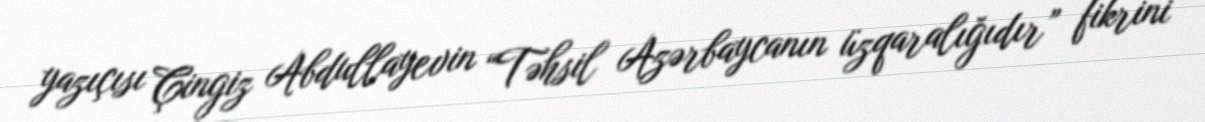
yazıçısı Çingiz Abdullayevin “Təhsil Azərbaycanın üzqaralığıdır” fikrini